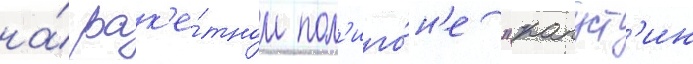
на́ рак'е́тном пол'иго́н'е "капуст'ин